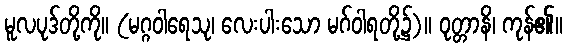
မူလပုဒ်တို့ကို။ (မဂ္ဂဝါရေသု၊ လေးပါးသော မဂ်ဝါရတို့၌)။ ဝုတ္တာနိ၊ ကုန်၏။